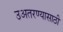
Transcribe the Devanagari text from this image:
उअतरण्यासाठी